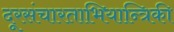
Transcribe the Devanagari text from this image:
दूरसंचारताभियान्त्रिकी